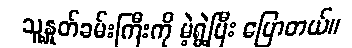
သူ့နှုတ်ခမ်းကြီးကို မဲ့ရွဲ့ပြီး ပြောတယ်။